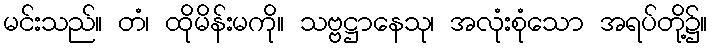
မင်းသည်။ တံ၊ ထိုမိန်းမကို။ သဗ္ဗဋ္ဌာနေသု၊ အလုံးစုံသော အရပ်တို့၌။